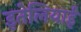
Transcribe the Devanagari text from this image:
इतेलियाई